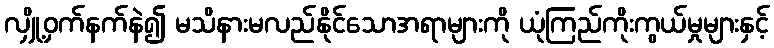
လျှို့ဝှက်နက်နဲ၍ မသိနားမလည်နိုင်သောအရာများကို ယုံကြည်ကိုးကွယ်မှုများနှင့်